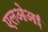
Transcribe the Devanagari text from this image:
एलओआई